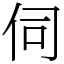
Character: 伺